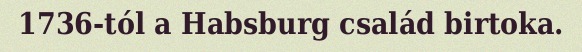
1736-tól a Habsburg család birtoka.